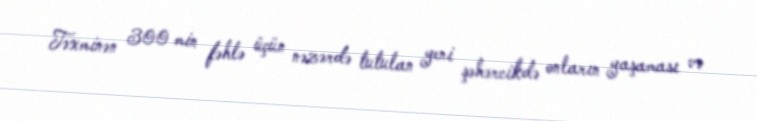
Təxminən 300 min fəhlə üçün nəzərdə tutulan yeni şəhərcikdə onların yaşaması və